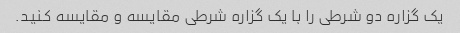
یک گزاره دو شرطی را با یک گزاره شرطی مقایسه و مقایسه کنید.